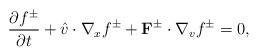
LaTeX: \begin{align*}\frac{\partial f^\pm}{\partial t}+\hat{v}\cdot\nabla_x f^\pm+\mathbf F^\pm\cdot\nabla_vf^\pm=0,\end{align*}